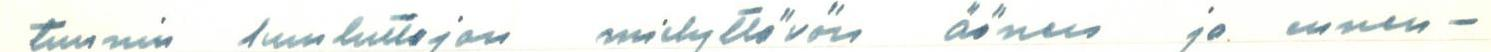
tunnin kuuluttajan mielyttävän äänen ja ennen-